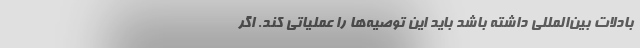
بادلات بین‌المللی داشته باشد باید این توصیه‌ها را عملیاتی کند. اگر